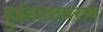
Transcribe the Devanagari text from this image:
हुईवातावरण